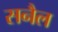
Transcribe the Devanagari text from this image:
सनैल